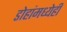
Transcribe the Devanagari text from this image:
डोहांमध्येही